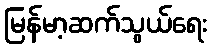
မြန်မာ့ဆက်သွယ်ရေး